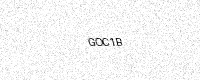
Text: GOC1B